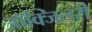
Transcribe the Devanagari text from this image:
आॅक्जिलरी